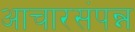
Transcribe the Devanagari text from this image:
आचारसंपन्न